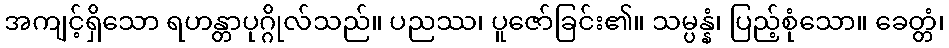
အကျင့်ရှိသော ရဟန္တာပုဂ္ဂိုလ်သည်။ ပညဿ၊ ပူဇော်ခြင်း၏။ သမ္ပန္နံ၊ ပြည့်စုံသော။ ခေတ္တံ၊